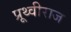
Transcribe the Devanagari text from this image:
प्रूथ्‍वीराज